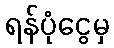
ရန်ပုံငွေမှ